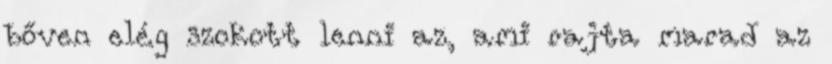
bőven elég szokott lenni az, ami rajta marad az